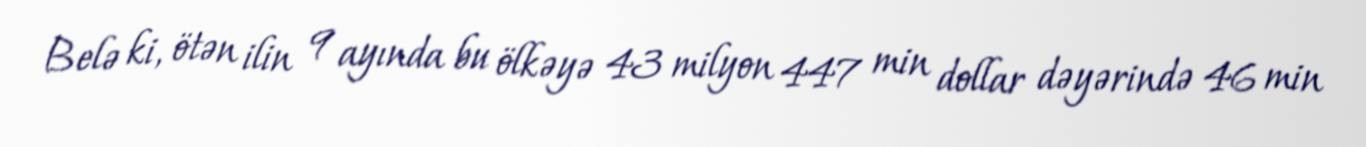
Belə ki, ötən ilin 9 ayında bu ölkəyə 43 milyon 447 min dollar dəyərində 46 min